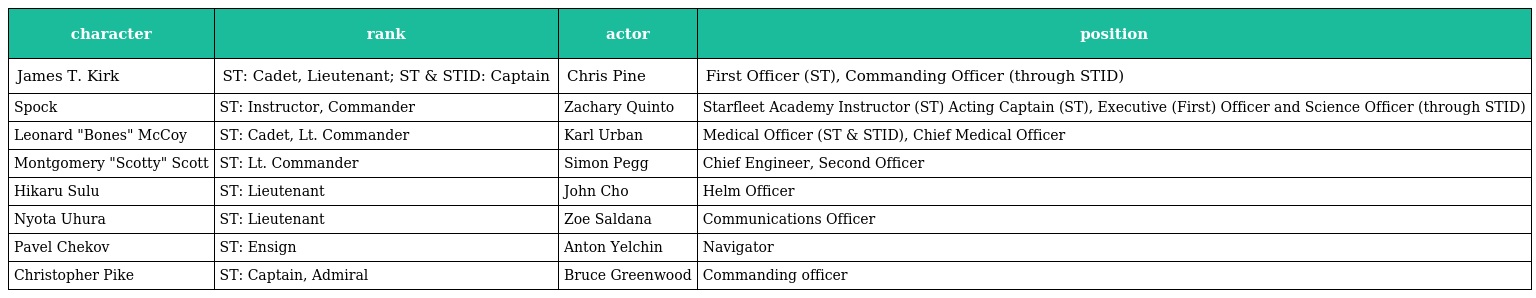
| character | rank | actor | position |
 | --- | --- | --- | --- |
 | James T. Kirk | ST: Cadet, Lieutenant; ST & STID: Captain | Chris Pine | First Officer (ST), Commanding Officer (through STID) |
 | Spock | ST: Instructor, Commander | Zachary Quinto | Starfleet Academy Instructor (ST) Acting Captain (ST), Executive (First) Officer and Science Officer (through STID) |
 | Leonard "Bones" McCoy | ST: Cadet, Lt. Commander | Karl Urban | Medical Officer (ST & STID), Chief Medical Officer |
 | Montgomery "Scotty" Scott | ST: Lt. Commander | Simon Pegg | Chief Engineer, Second Officer |
 | Hikaru Sulu | ST: Lieutenant | John Cho | Helm Officer |
 | Nyota Uhura | ST: Lieutenant | Zoe Saldana | Communications Officer |
 | Pavel Chekov | ST: Ensign | Anton Yelchin | Navigator |
 | Christopher Pike | ST: Captain, Admiral | Bruce Greenwood | Commanding officer |